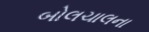
બોલચાલના